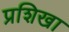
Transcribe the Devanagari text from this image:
प्रशिखा